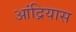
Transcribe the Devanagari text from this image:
आंद्रियास